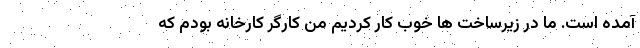
آمده است. ما در زیرساخت ها خوب کار کردیم من کارگر کارخانه بودم که